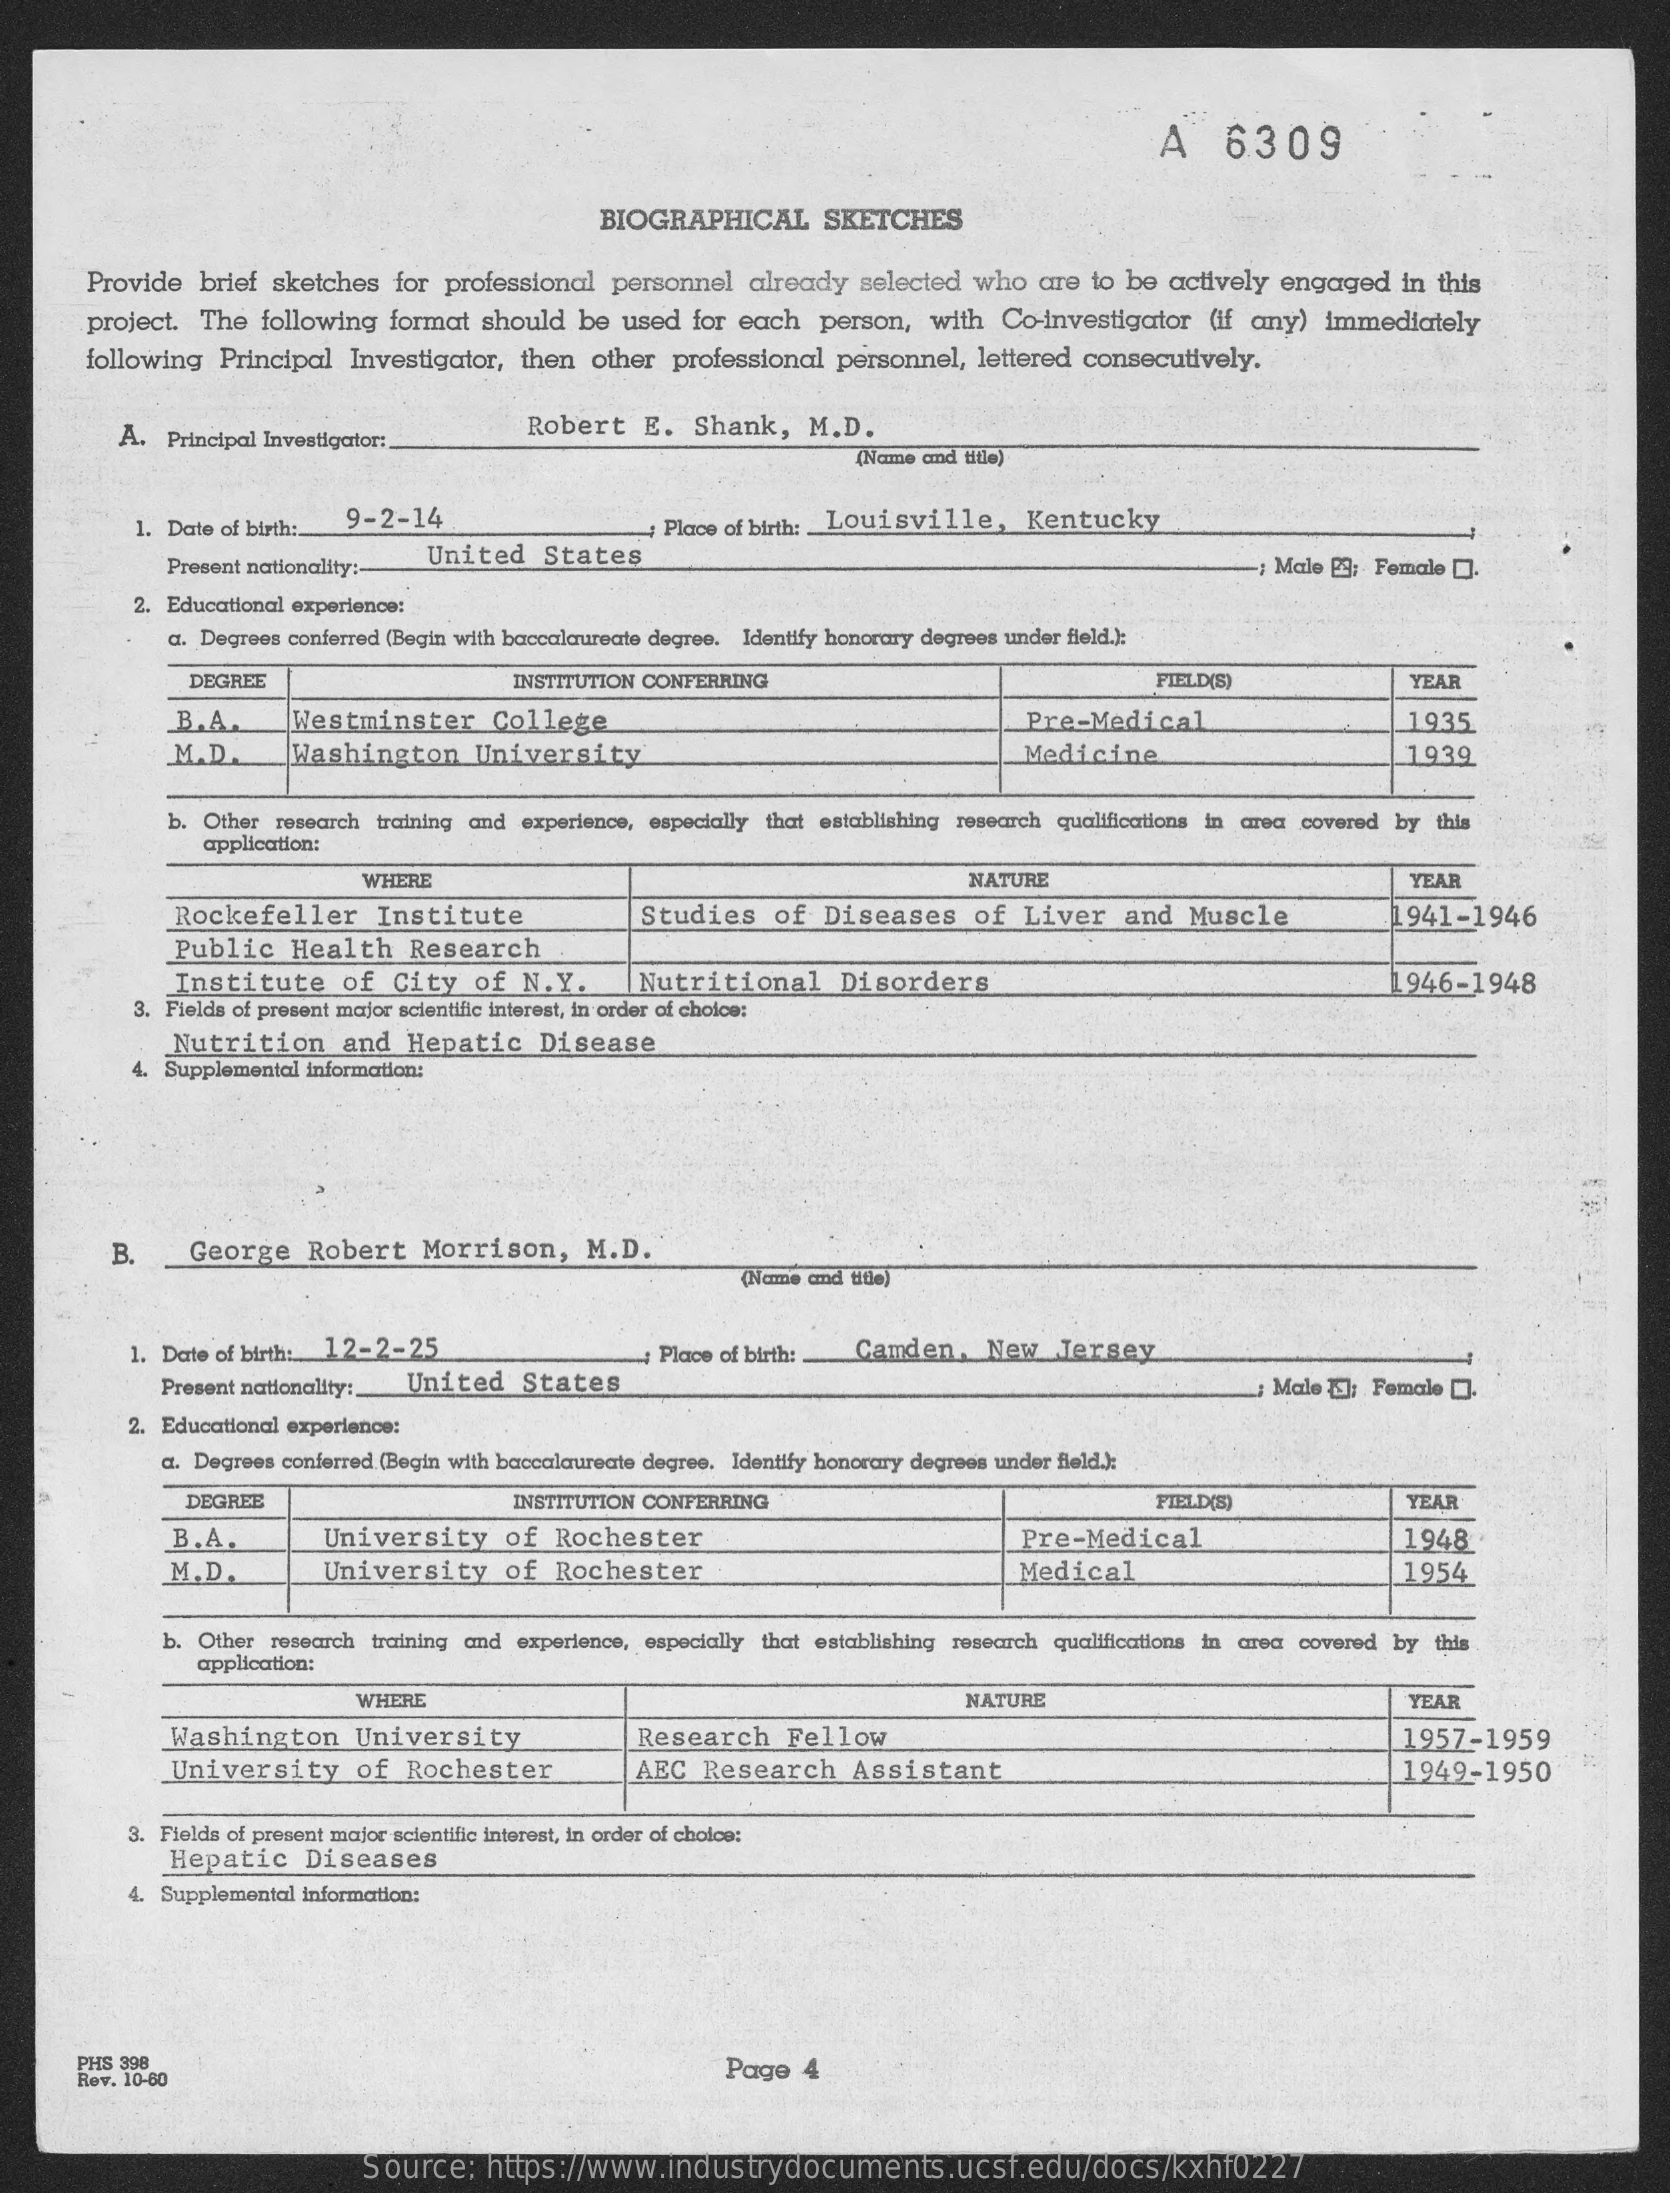
A   6309
     BIOGRAPHICAL    SKETCHES
     Provide  brief sketches for professional  personnel already  selected  who are  to be actively engaged   in this
     project. The  following format should  be used  for each  person,  with  Co-investigator (If any) immediately
     following Principal  Investigator, then other  professional personnel, lettered consecutively.
     A. Principal Investigator :,
     Robert   E.  Shank,   M.D.
     (Name and title)
     1. Date of birth :. 9-2-14    ; Place of birth :_ Louisville, Kentucky
     Present nationality: United   States    ; Male [3; Female [].
     2. Educational experience:
     a. Degrees conferred (Begin with baccalaureate degree. Identify honorary degrees under field.):
     DEGREE    INSTITUTION CONFERRING    FIELD(S)    YEAR
     B.A.    Westminster    College    Pre-Medical    1935
     M.D    Washington    University    Medicine    1939
     b. Other research training and experience, especially that establishing research qualifications in area covered by this
     application:
     WHERE    NATURE    YEAR
     Rockefeller    Institute    Studies   of   Diseases    of Liver   and   Muscle
     Public   Health   Research
     1941-1946
     Institute    of  City   of  N. Y.    Nutritional    Disorders    946-1948
     3. Fields of present major scientific interest, in order of choice:
     Nutrition    and  Hepatic    Disease
     4. Supplemental information:
     B.    George   Robert   Morrison,    M.D.
     (Name amd title)
     1. Date of birth: 12-2-25    ; Place of birth: - Camden, New Jersey
     Present nationality :_ United States    ; Male E: Female [].
     2. Educational experience:
     a. Degrees conferred (Begin with baccalaureate degree. Identify honorary degrees under field.):
     DEGREE    INSTITUTION CONFERRING    FIELD(S)    YEAR
     B.A.    University    of  Rochester    Pre-Medical    1948
     M.D.    University    of  Rochester    Medical    1954
     b. Other research training and experience, especially that establishing research qualifications in area covered by this
     application:
     WHERE    NATURE    YEAR
     Washington    University    Research    Fellow    1957-1959
     University    of  Rochester    AEC  Research    Assistant    1949-1950
     3. Fields of present major scientific interest, in order of choice:
     Hepatic   Diseases
     4. Supplemental information:
     PHS 398
     Rev. 10-60
     Page  4
     Source:  https://www.industrydocuments.ucsf.edu/docs/kxhf0227